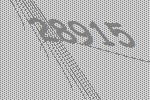
28915